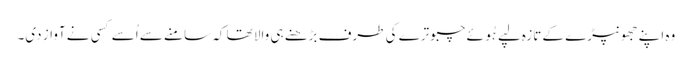
وہ اپنے جھونپڑے کے تازہ لپے ہُوئے چبوترے کی طرف بڑھنے ہی والا تھا کہ سامنے سے اُسے کسی نے آواز دی۔